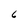
Character: 6